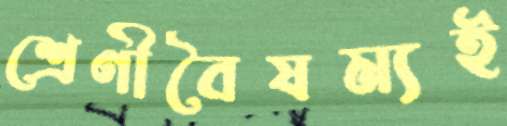
শ্রেণীবৈষম্যই